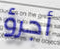
أجرؤ